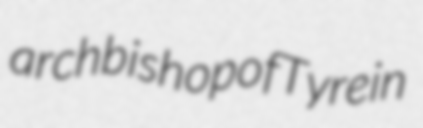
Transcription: archbishop of Tyre in